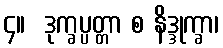
၄။  ဒုက္ခပ္ပတ္တာ စ နိဒ္ဒုက္ခာ၊